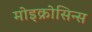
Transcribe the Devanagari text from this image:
मोइक्रोसिन्स